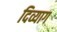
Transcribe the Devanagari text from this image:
दिव्याग